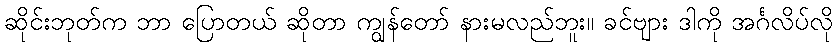
ဆိုင်းဘုတ်က ဘာ ပြောတယ် ဆိုတာ ကျွန်တော် နားမလည်ဘူး။ ခင်ဗျား ဒါကို အင်္ဂလိပ်လို